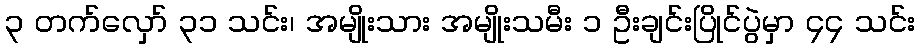
၃ တက်လှော် ၃၁ သင်း၊ အမျိုးသား အမျိုးသမီး ၁ ဦးချင်းပြိုင်ပွဲမှာ ၄၄ သင်း